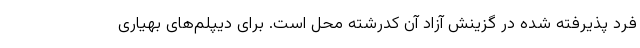
فرد پذیرفته شده در گزینش آزاد آن کدرشته محل است. برای دیپلم‌های بهیاری